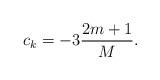
LaTeX: \begin{align*}c_k=-3\frac{2m+1}{M}.\end{align*}